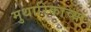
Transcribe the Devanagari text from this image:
मुथारिकाच्या